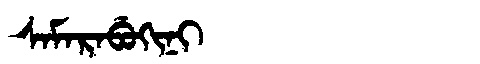
Manchu: ᠰᠠᠮᠠᡵᠠᠪᡠᡴᡳᠨᡳ
Romanization: SAMARABUKINI